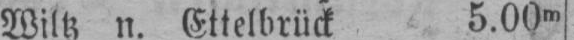
Wiltz n. Ettelbrück 5.00m